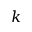
k